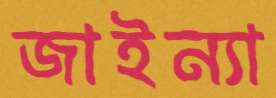
জাইন্যা